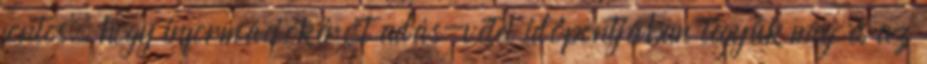
fontos, hogy információkérést adás-vétel időpontjában tegyük meg és az